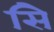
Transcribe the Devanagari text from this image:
सिे